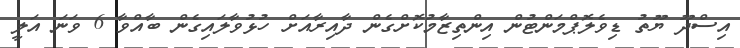
އިސްދޫ ޔޫތު ޑިވެލޮޕްމަންޓުން އިންތިޒާމުކޮށްގެން ދާއިރާއަށް ހުޅުވާލައިގެން ބާއްވާ 6 ވަނަ އަލީ